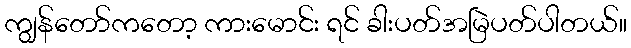
ကျွန်တော်ကတော့ ကားမောင်း ရင် ခါးပတ်အမြဲပတ်ပါတယ်။